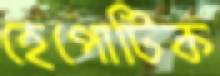
হেপোটিক